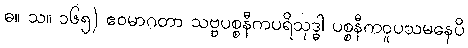
ဓ။ သ။ ၁၆၅) ဧဝမာဂတာ သဗ္ဗပစ္စနီကပရိသုဒ္ဓါ ပစ္စနီကဝူပသမနေပိ